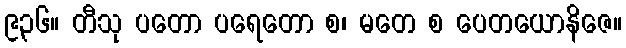
၉၃၆။ တီသု ပတော ပရေတော စ၊ မတေ စ ပေတယောနိဇေ။